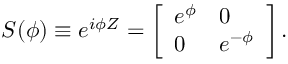
S ( \phi ) \equiv e ^ { i \phi Z } = \left[ \begin{array} { l l } { e ^ { \phi } } & { 0 } \\ { 0 } & { e ^ { - \phi } } \end{array} \right] .